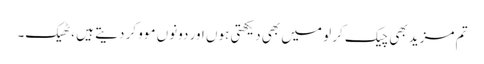
تم مزید بھی چیک کر لو میں بھی دیکھتی ہوں اور دونوں موو کر دیتے ہیں ،ٹھیک۔